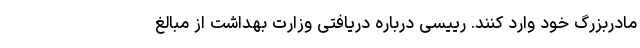
مادربزرگ خود وارد کنند. رییسی درباره دریافتی وزارت بهداشت از مبالغ